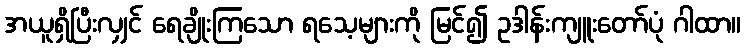
အယူရှိပြီးလျှင် ရေချိုးကြသော ရသေ့များကို မြင်၍ ဥဒါန်းကျူးတော်ပုံ ဂါထာ။